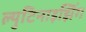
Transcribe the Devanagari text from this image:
ल्युटिनाइझिंग